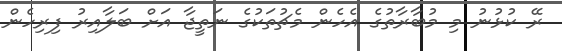
ރޭ ކުޅުނު މި މުބާރާތުގެ އެހެން މެޗުތަކުގެ ނަތީޖާ އަށް ބަލާއިރު ފިރިހެން